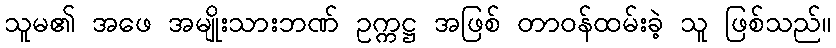
သူမ၏ အဖေ အမျိုးသားဘဏ် ဥက္ကဋ္ဌ အဖြစ် တာဝန်ထမ်းခဲ့ သူ ဖြစ်သည်။